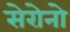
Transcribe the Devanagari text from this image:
सेरोनो